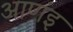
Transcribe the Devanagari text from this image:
आणंइ